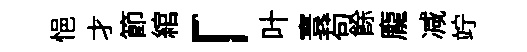
悒才節綰「叶寰苟餘龐减竚